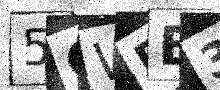
Text: 5CWBB3